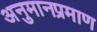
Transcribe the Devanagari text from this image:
अनुमानप्रमाण